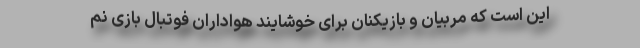
این است که مربیان و بازیکنان برای خوشایند هواداران فوتبال بازی نم